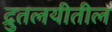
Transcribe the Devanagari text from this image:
द्रुतलयीतील